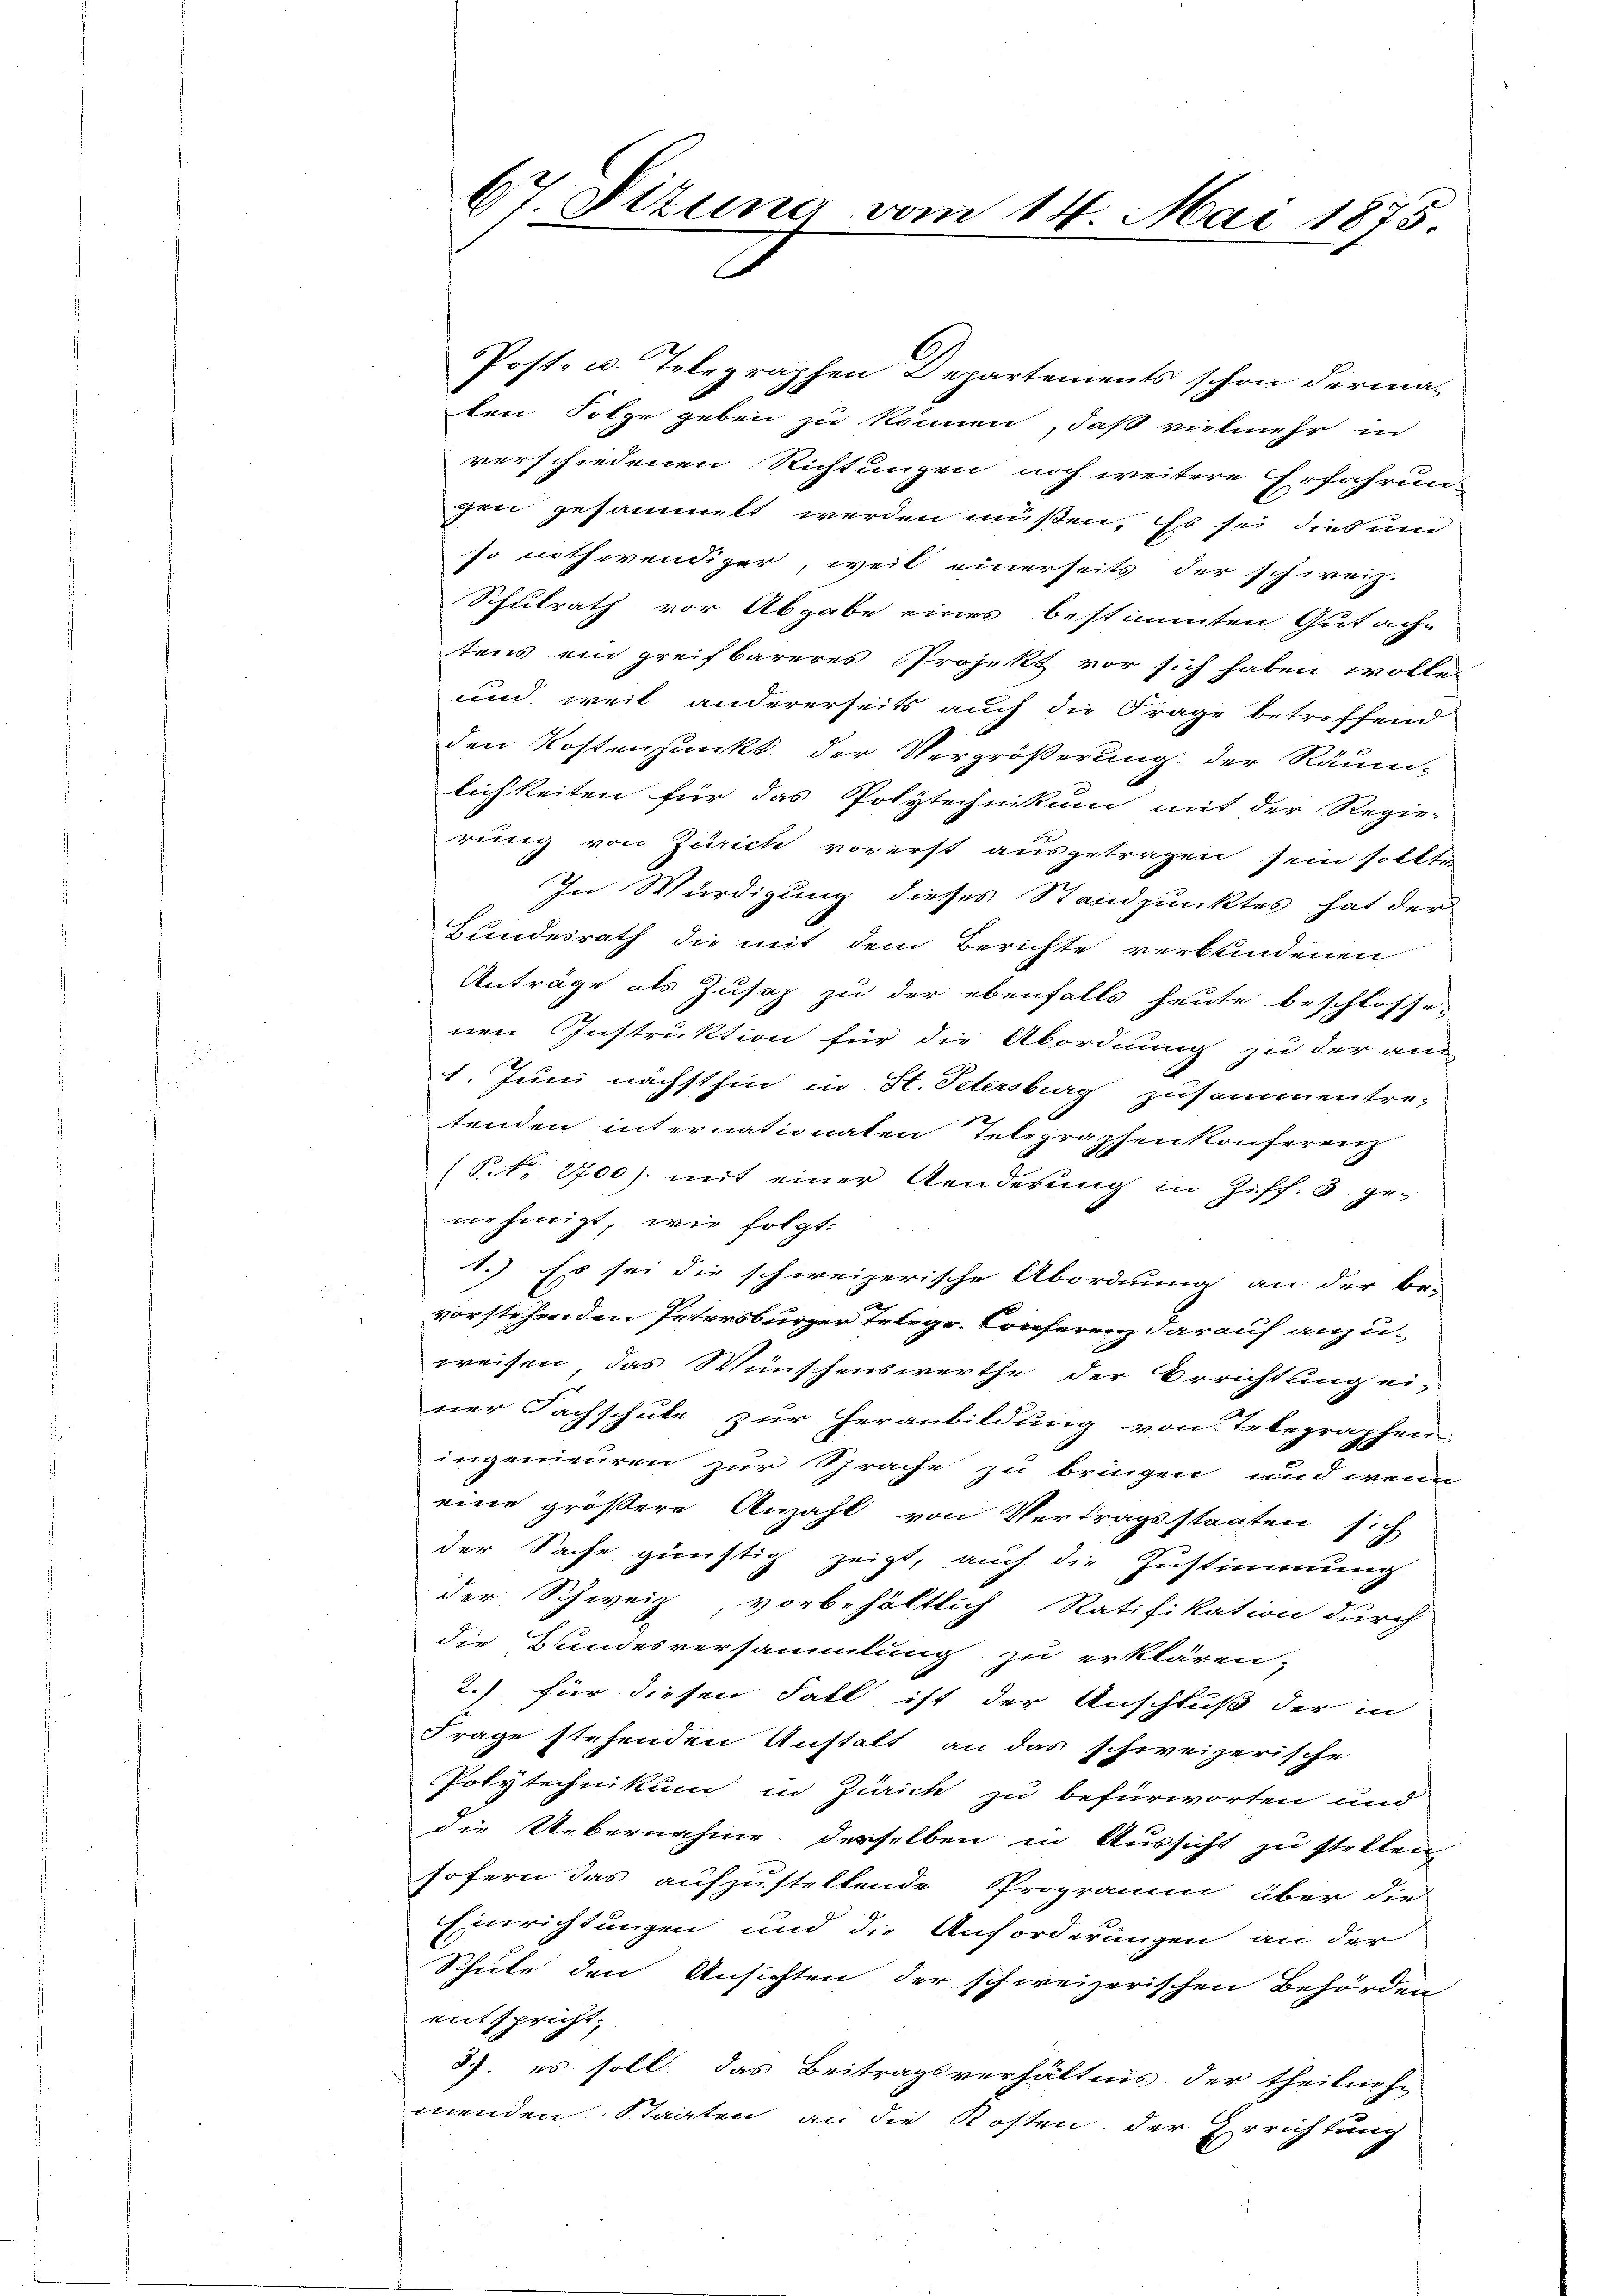
Post- u. Telegraphen Departements schon dermaten Folge geben zu können, daß vielmehr in
verschiedenen Richtungen noch weitere Erfahrun-
gen gesammelt werden müßen. Es sei dies um
so nothwendiger, weil einerseits der schweiz.
Schulrath vor Abgabe eines bestimmten Gutach-
tens ein greifbareres Projekt vor sich haben wolle
und weil andererseits auch die Frage betreffend
den Kostenpunkt der Vergrößerung der Räumlichkeiten für das Polytechnikum mit der Regie-
rung von Zürich vorerst ausgetragen, sein sollte
In Würdigung dieses Standpunktes hat der
Bundesrath die mit dem Berichte verbundenen
Anträge als Zusaz zu der ebenfalls heute beschlosse
nen Instruktion für die Abordnung zu der an
1. Juni nächsthin in St. Petersburg zusammentre-
tenden internationaten Telegraphenkonferenz
(NNo. 2700). mit einer Aenderung in Ziff. 3. ge-
nehmigt, wie folgt:
1.) Es sei die schweizerische Abordnung an der be-
vorstehenden Petersburger Telegr. Conferenz darauf anzu-
weisen das Wünschenswerthe der Errichtung ei-
ner Fachschule zur Heranbildung von Telegraphen
ingenieuren zur Sprache zu bringen und wenn
eine größere Anzahl von Vertragsstaaten sich
der Sache günstig zeigt, auch die Zustimmung
der Schweiz, vorbehältlich Ratifikation durch
die Bundesversammlung zu erklären;
2.) für diesen Fall ist der Anschluß der in
Frage stehenden Anstalt an das schweizerische
Polytechnikum in Zürich zu befürworten und
die Uebernahme derselben in Aussicht zu stellen,
sofern das aufzustellende Programm über die
Einrichtungen und die Anforderungen an der
Schule den Ansichten der schweizerischen Behörden
entspricht.
8. es soll das Beitragsverhältnis der theilneh
menden Staaten an die Kosten, der Errichtung

67 Ditung vom 14. Mai 1875.